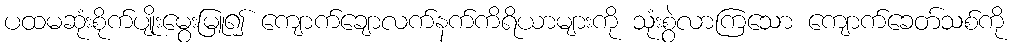
ပထမဆုံးစိုက်ပျိုးမွေးမြူ၍ ကျောက်ချောလက်နက်ကိရိယာများကို သုံးစွဲလာကြသော ကျောက်ခေတ်သစ်ကို